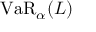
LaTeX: \operatorname { V a R } _ { \alpha } ( L )